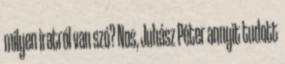
milyen iratról van szó? Nos, Juhász Péter annyit tudott